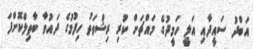
އަބްދު ސައީދާއި އަލީ ހަމީދުގެ މައްޗަށް ކުރި ރިޝްވަތު ހިފުމުގެ ދައުވާ ބާތިލްކޮށްފަ